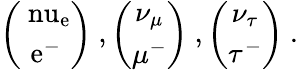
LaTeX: \left(\begin{array}{c}{{\mathrm{\ nu_{e}}}}\\ {{\mathrm{e^{-}}}}\end{array}\right)~,\left(\begin{array}{c}{{\nu_{\mu}}}\\ {{\mu^{-}}}\end{array}\right)~,\left(\begin{array}{c}{{\nu_{\tau}}}\\ {{\tau^{-}}}\end{array}\right)~.